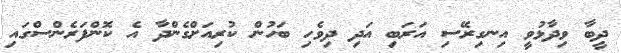
ދީބާ ވިދާޅުވީ އިނގިރޭސި އަރަބި އަދި ދިވެހި ބަހުން ކުރިއަށްގެންދާ އެ ކޮންފަރެންސްގައި